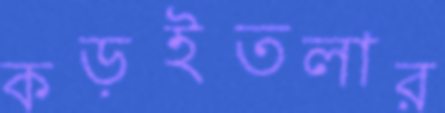
কড়ইতলার